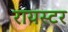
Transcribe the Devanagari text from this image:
रायस्टर